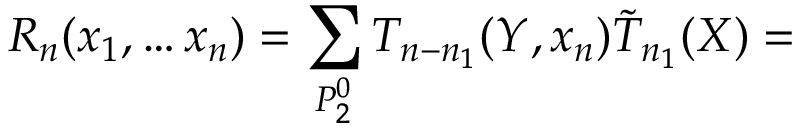
R _ { n } ( x _ { 1 } , \ldots x _ { n } ) = \sum _ { P _ { 2 } ^ { 0 } } T _ { n - n _ { 1 } } ( Y , x _ { n } ) \tilde { T } _ { n _ { 1 } } ( X ) =